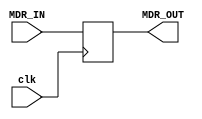
module memoryDataRegister(MDR_OUT, MDR_IN, clk);
	
	output reg [15:0] MDR_OUT;
	
	input wire [15:0] MDR_IN;
	input wire clk;
	
	always@(posedge clk)
	begin
		MDR_OUT <= MDR_IN;
	end
endmodule